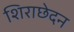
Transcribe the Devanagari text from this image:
शिराछेदन